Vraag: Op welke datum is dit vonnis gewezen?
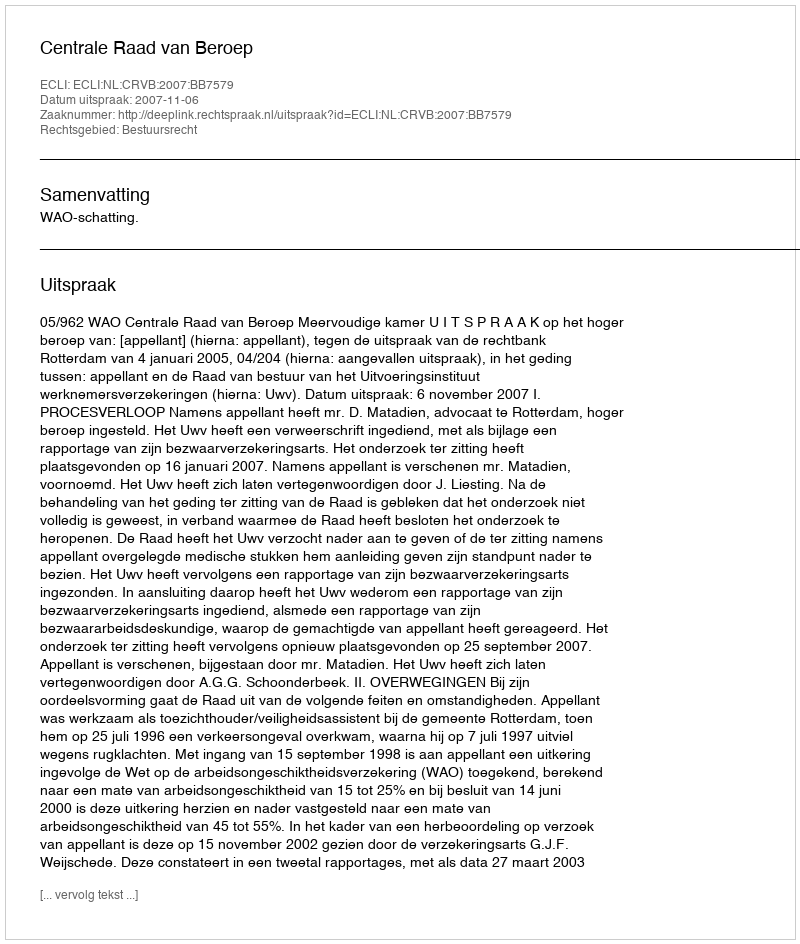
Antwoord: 2007-11-06